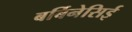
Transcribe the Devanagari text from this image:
बर्बिनेसिई